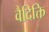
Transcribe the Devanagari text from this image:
वैदिक्ति